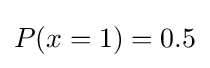
P(x=1)=0{.}5